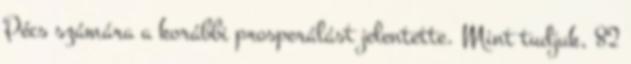
Pécs számára a korábbi prosperálást jelentette. Mint tudjuk, 82